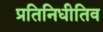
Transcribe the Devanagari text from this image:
प्रतिनिधीतिव